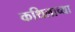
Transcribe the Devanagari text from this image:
कथिलाच्या